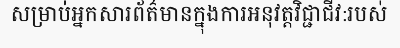
សម្រាប់អ្នកសារព័ត៌មានក្នុងការអនុវត្តវិជ្ជាជីវ:របស់